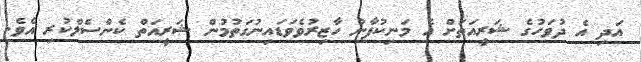
އަދި އެ ދުވަހުގެ ޝަރީއަތަށް އެ މަނިކުފާނު ހާޒިރުވެވަޑައިނުގަތުމުން ޝަރީއަތް ކެންސެލްކުރި އެވެ.